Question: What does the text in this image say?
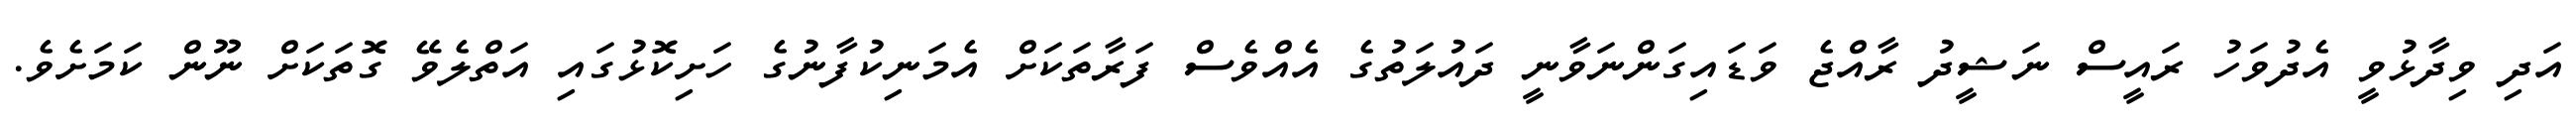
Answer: އަދި ވިދާޅުވީ އެދުވަހު ރައީސް ނަޝީދު ރާއްޖެ ވަޑައިގަންނަވާނީ ދައުލަތުގެ އެއްވެސް ފަރާތަކަށް އެމަނިކުފާނުގެ ހަށިކޮޅުގައި އަތްލެވޭ ގޮތަކަށް ނޫން ކަމަށެވެ.